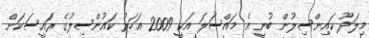
މިލަދޫ ކައިންސިލުން ބުނީ އެ މައްސަލަ އަކީ 2009 އަހަރު ކައުންސިލުގެ ރައީސަކަށް